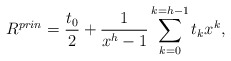
\begin{align*}R^{prin}=\frac{t_0}{2}+\frac{1}{x^h-1}\sum_{k=0}^{k=h-1}t_kx^k,\end{align*}